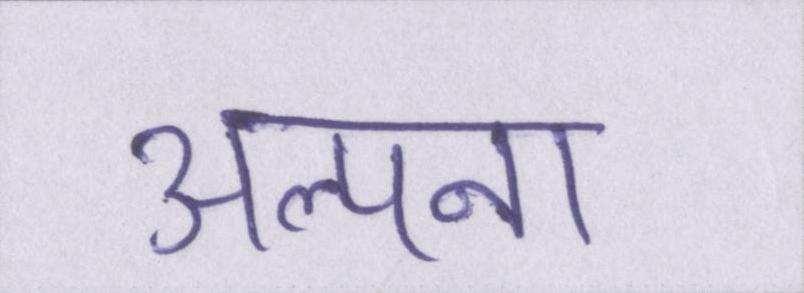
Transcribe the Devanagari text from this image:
अल्पना